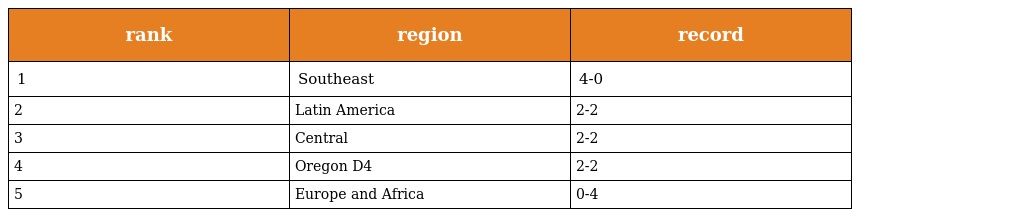
| rank | region | record |
 | --- | --- | --- |
 | 1 | Southeast | 4-0 |
 | 2 | Latin America | 2-2 |
 | 3 | Central | 2-2 |
 | 4 | Oregon D4 | 2-2 |
 | 5 | Europe and Africa | 0-4 |